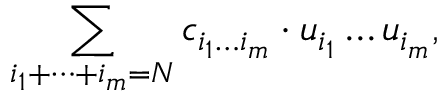
\sum _ { i _ { 1 } + \dots + i _ { m } = N } c _ { i _ { 1 } \dots i _ { m } } \cdot u _ { i _ { 1 } } \dots u _ { i _ { m } } ,